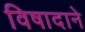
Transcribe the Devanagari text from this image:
विषादाने